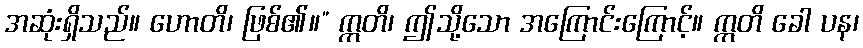
အဆုံးရှိသည်။ ဟောတိ၊ ဖြစ်၏။” ဣတိ၊ ဤသို့သော အကြောင်းကြောင့်။ ဣတိ ခေါ ပန၊